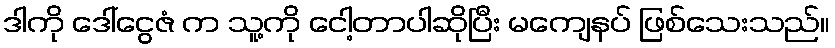
ဒါကို ဒေါ်ငွေဇံ က သူ့ကို ငေါ့တာပါဆိုပြီး မကျေနပ် ဖြစ်သေးသည်။